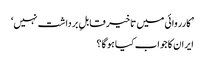
’کارروائی میں تاخیر قابلِ برداشت نہیں‘
ایران کا جواب کیا ہو گا؟